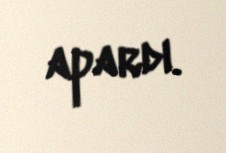
apardı.